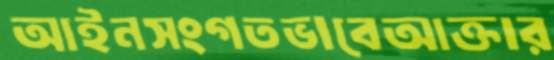
আইনসংগতভাবেআক্তার